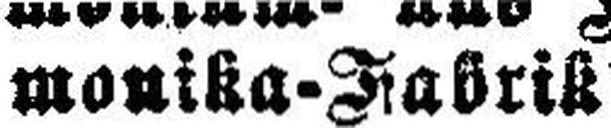
monika-Fabriß